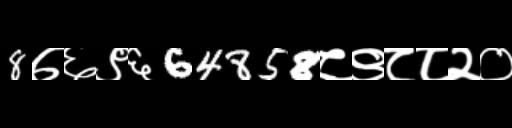
Text: 8७६९६64858८९८८२०